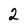
Character: 2